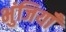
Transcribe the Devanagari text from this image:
भुंजियाँ